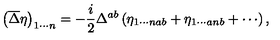
\left( \overline { { \Delta } } \eta \right) _ { 1 \cdots n } = - \frac { i } { 2 } \Delta ^ { a b } \left( \eta _ { 1 \cdots n a b } + \eta _ { 1 \cdots a n b } + \cdots \right) ,